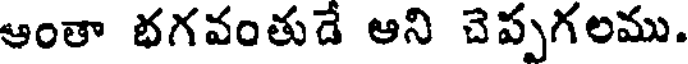
ఆంతా భగవంతుడే ఆని చెప్పగలము.